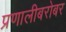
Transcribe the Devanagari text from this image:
प्रणालीबरोबर